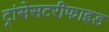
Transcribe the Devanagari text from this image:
ट्रांसेसटरीफाइड